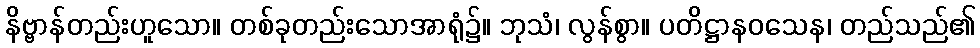
နိဗ္ဗာန်တည်းဟူသော။ တစ်ခုတည်းသောအာရုံ၌။ ဘုသံ၊ လွန်စွာ။ ပတိဋ္ဌာနဝသေန၊ တည်သည်၏